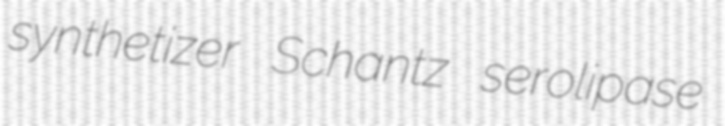
synthetizer Schantz serolipase